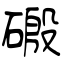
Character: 磤